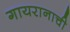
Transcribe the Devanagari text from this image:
गायरानाची